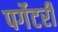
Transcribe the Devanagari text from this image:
पर्गेटरी